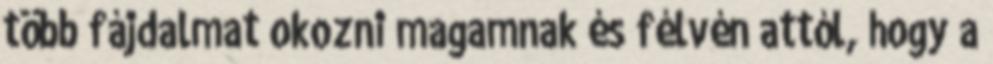
több fájdalmat okozni magamnak és félvén attól, hogy a